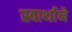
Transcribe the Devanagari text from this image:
स्वार्थाने